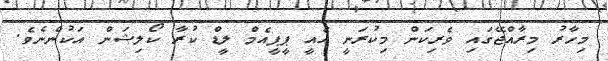
މިހާރު މިރާއްޖޭގައި ވެރިކަން މިކުރަނީ އެއީ ޕީޕީއެމް ލީޑް ކުރާ ކޯލިޝަން އަކުންނެވެ.